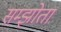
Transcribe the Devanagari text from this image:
सम्झोता